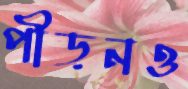
পীড়নও